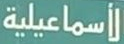
الأسماعيلية